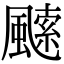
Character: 𩘝